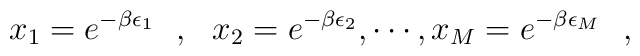
x_1=e^{-\beta\epsilon_1}~~,~~x_2=e^{-\beta                    \epsilon_2}, \cdots, x_M=e^{-\beta\epsilon_M}\,\,\,\,,